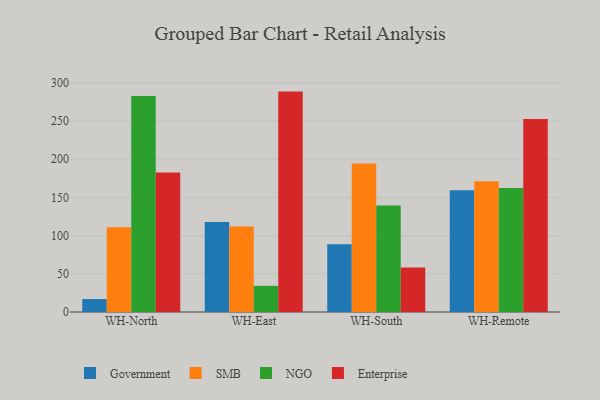
{"axis": {"x": "Warehouse", "y": "Page Views"}, "legend": ["Enterprise", "Government", "NGO", "SMB"], "data": [{"x": "WH-North", "y": 16.9, "type": "Government"}, {"x": "WH-North", "y": 110.9, "type": "SMB"}, {"x": "WH-North", "y": 282.8, "type": "NGO"}, {"x": "WH-North", "y": 182.4, "type": "Enterprise"}, {"x": "WH-East", "y": 117.9, "type": "Government"}, {"x": "WH-East", "y": 111.9, "type": "SMB"}, {"x": "WH-East", "y": 34.2, "type": "NGO"}, {"x": "WH-East", "y": 288.4, "type": "Enterprise"}, {"x": "WH-South", "y": 88.6, "type": "Government"}, {"x": "WH-South", "y": 194.4, "type": "SMB"}, {"x": "WH-South", "y": 139.4, "type": "NGO"}, {"x": "WH-South", "y": 58.3, "type": "Enterprise"}, {"x": "WH-Remote", "y": 159.2, "type": "Government"}, {"x": "WH-Remote", "y": 171.1, "type": "SMB"}, {"x": "WH-Remote", "y": 162.3, "type": "NGO"}, {"x": "WH-Remote", "y": 252.6, "type": "Enterprise"}]}